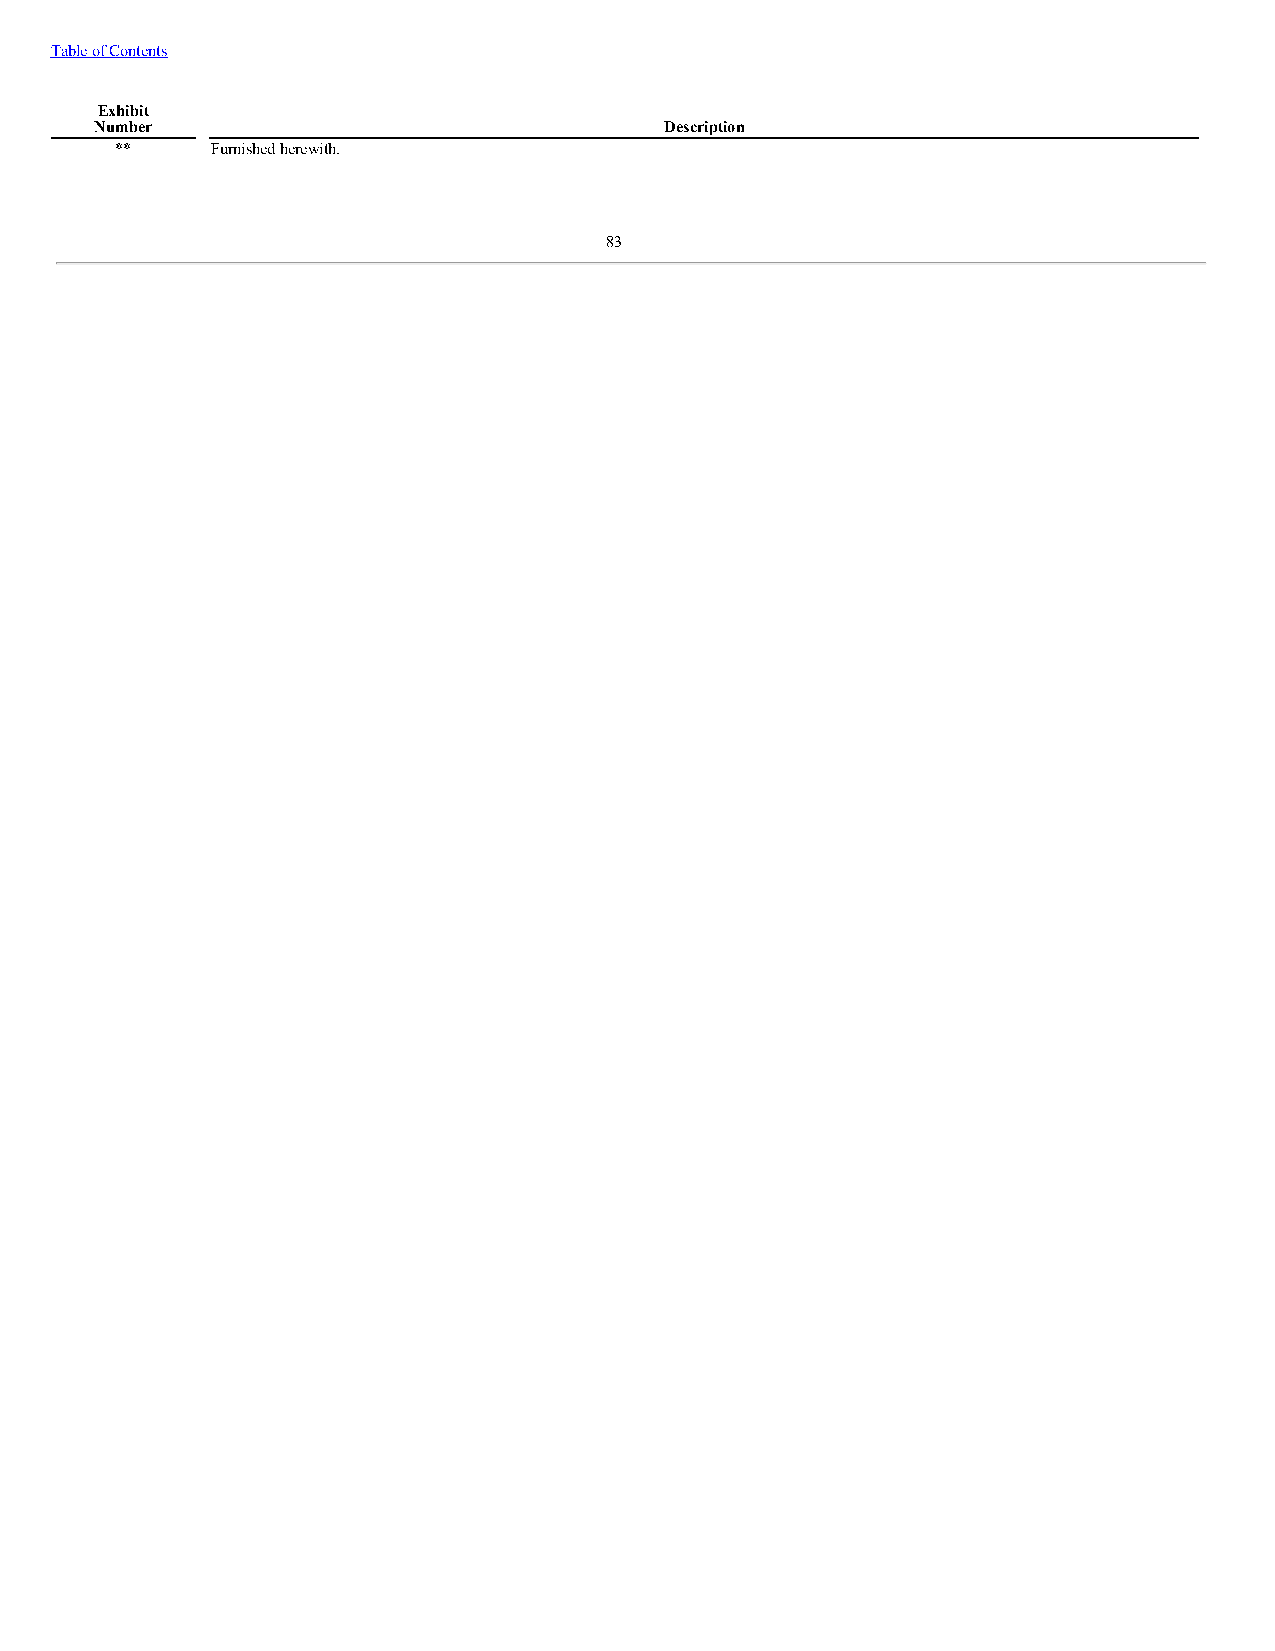
Table of Contents
 Exhibit
 Number                                Description
 **    Furnished herewith.
 83